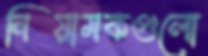
নিয়ামকগুলো